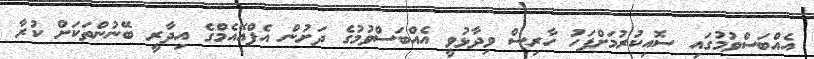
އެއްބަސްވުމުގައި ސޮއިކުރުމަށްފަހު ހާރިސް ވިދާޅުވީ އެއްބަސްވުމުގެ ދަށުން އެފްއޭއެމްގެ އިދާރީ ބޭނުންތަކަށް ކުރާ